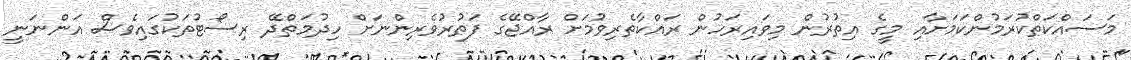
މަސައްކަތްކުރަމުންކަމަށާއި މީގެ އިތުރުން މިވައިރަހުން ރައްކާތެރިވުމަށް ރާއްޖޭގެ ފަތުރުވެރިންނަށް ހިދުމަތްދޭ ރިސޯޓުތަކުގައިވެސް އަންނަނީ